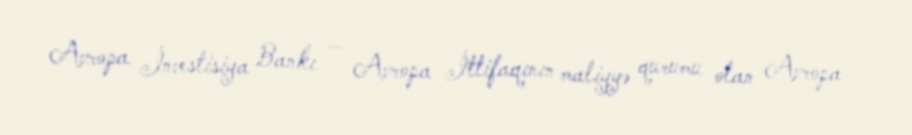
Avropa İnvestisiya Bankı — Avropa İttifaqının maliyyə qurumu olan Avropa